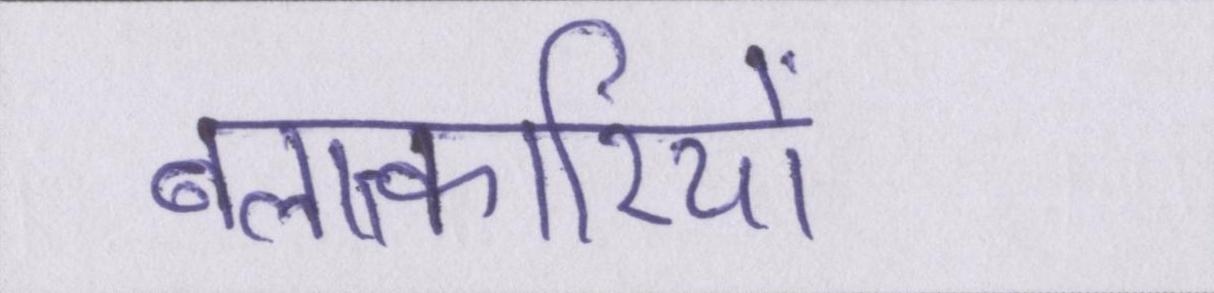
बलात्कारियों